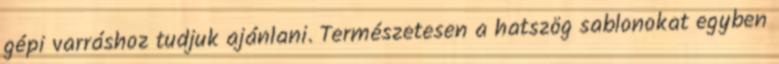
gépi varráshoz tudjuk ajánlani. Természetesen a hatszög sablonokat egyben